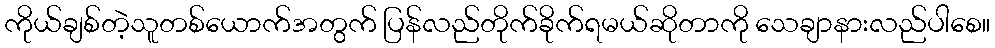
ကိုယ်ချစ်တဲ့သူတစ်ယောက်အတွက် ပြန်လည်တိုက်ခိုက်ရမယ်ဆိုတာကို သေချာနားလည်ပါစေ။